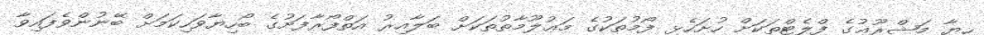
ހިޔާ މަޝްރޫޢުގެ ފްލެޓްތަކަށް ހުށަހެޅި ފޯމުތަކުގެ މަޢުލޫމާތުތަކަށް ބަލާއިރު އަތްފޯރާފަށުގެ ބޯހިޔާވަހިކަމަށް ބޭނުންވެފައިވާ